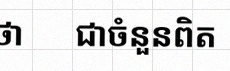
សន្មតថា x ជាចំនួនពិត